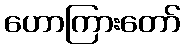
ဟောကြားတော်